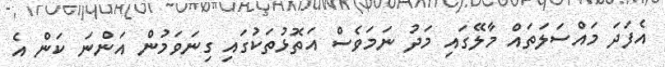
އެފަދަ މައްސަލަތައް މާލޭގައި މަދު ނަމަވެސް އަތޮޅުތަކުގައި ގިނަވަމުން އަންނަ ކަން އެ